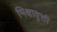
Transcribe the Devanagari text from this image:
भिक्षावृत्ती